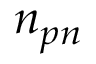
n _ { p n }